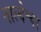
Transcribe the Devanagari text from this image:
नाल्देश्वर